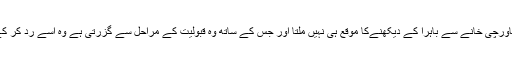
ریں ریں کرتے وجود کب جوانی کی حدود میں داخل ہوجاتے ہیں، ماں کو باورچی خانے سے باہرآ کے دیکھنےکا موقع ہی نہیں ملتا اور جس کے ساتھ وہ قبولیت کے مراحل سے گزرتی ہے وہ اسے رد کر کے اپنی زندگی اس رخ سے جیتا ہے جسے سوائے خدا کے کوئی نہیں جانتا۔